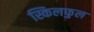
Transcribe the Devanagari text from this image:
स्किलफुल